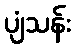
ပျံသန်း